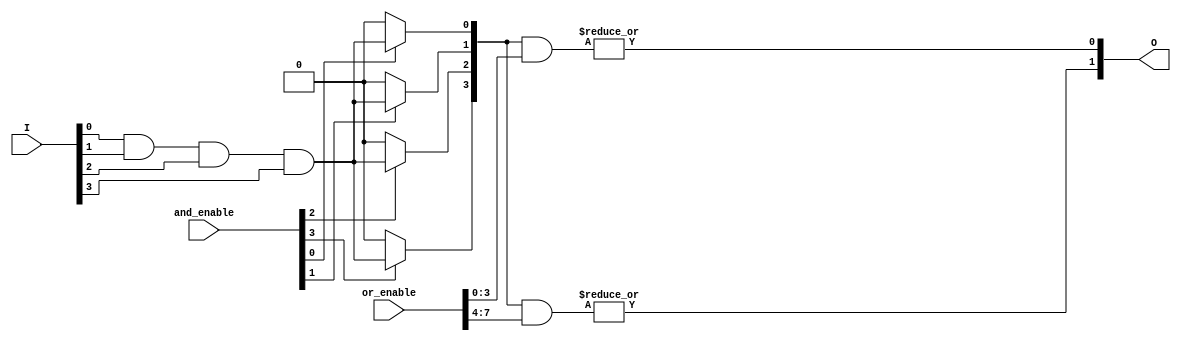
module programmable_logic_array #(
    parameter N = 4, // Number of input lines
    parameter P = 4, // Number of AND gates (product terms)
    parameter M = 2  // Number of output lines
)(
    input  wire [N-1:0] I,         // Input lines
    input  wire [P-1:0] and_enable, // Enable signals for each AND gate
    input  wire [P*M-1:0] or_enable,// Enable signals for each OR gate
    output wire [M-1:0] O          // Output lines
);

// Intermediate signals from AND gates
wire [P-1:0] and_out;

// AND plane
genvar i, j;
generate
    for (i = 0; i < P; i = i + 1) begin : and_gate
        assign and_out[i] = and_enable[i] ? (I[0] & I[1] & I[2] & I[3]) : 1'b0; // Example: all inputs ANDed
    end
endgenerate

// OR plane
generate
    for (j = 0; j < M; j = j + 1) begin : or_gate
        assign O[j] = |(and_out & or_enable[j*P +: P]); // ORing selected AND outputs
    end
endgenerate

endmodule